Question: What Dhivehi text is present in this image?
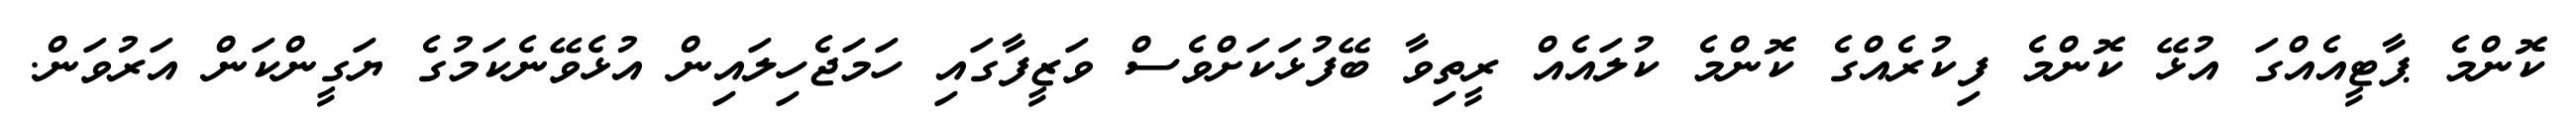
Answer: ކޮންމެ ޕާޓީއެއްގަ އުޅޭ ކޮންމެ ފިކުރެއްގެ ކޮންމެ ކުލައެއް ރީތިވާ ބޭފުޅަކަށްވެސް ވަޒީފާގައި ހަމަޖެހިލައިން އުޅެވޭނެކަމުގެ ޔަގީންކަން އަރުވަން.